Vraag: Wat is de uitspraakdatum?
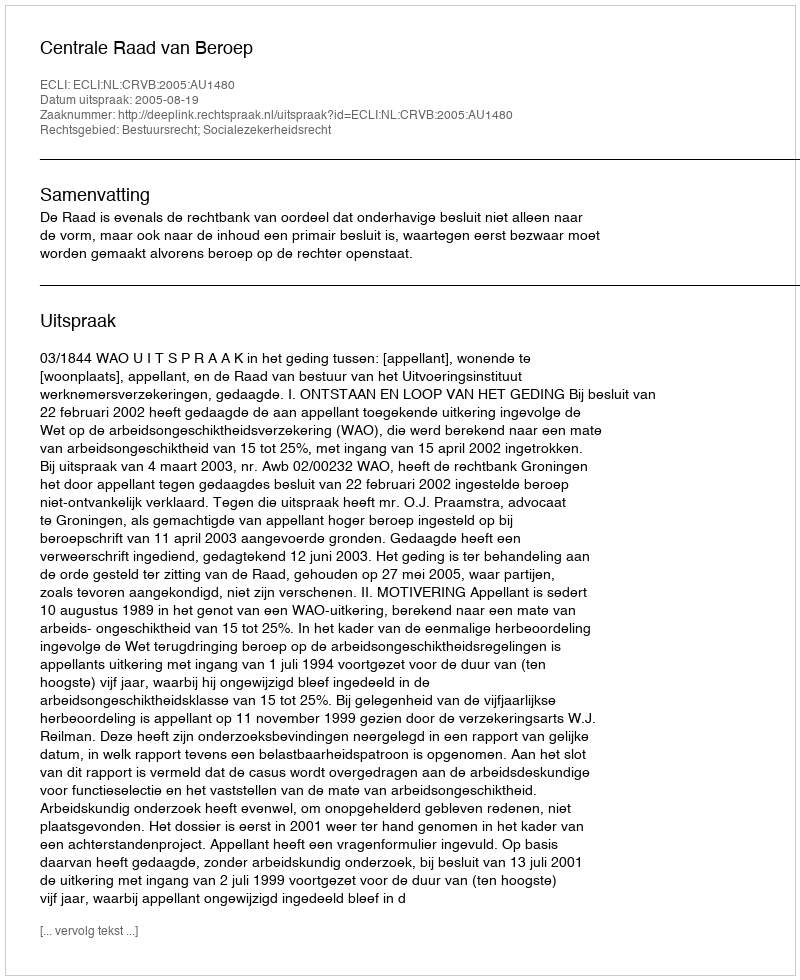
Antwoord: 2005-08-19